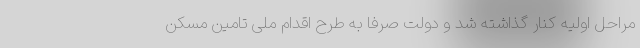
مراحل اولیه کنار گذاشته شد و دولت صرفا به طرح اقدام ملی تامین مسکن